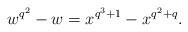
LaTeX: \begin{align*}w^{q^2}-w=x^{q^3+1}-x^{q^2+q}.\end{align*}